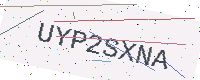
Text: UYP2SXNA